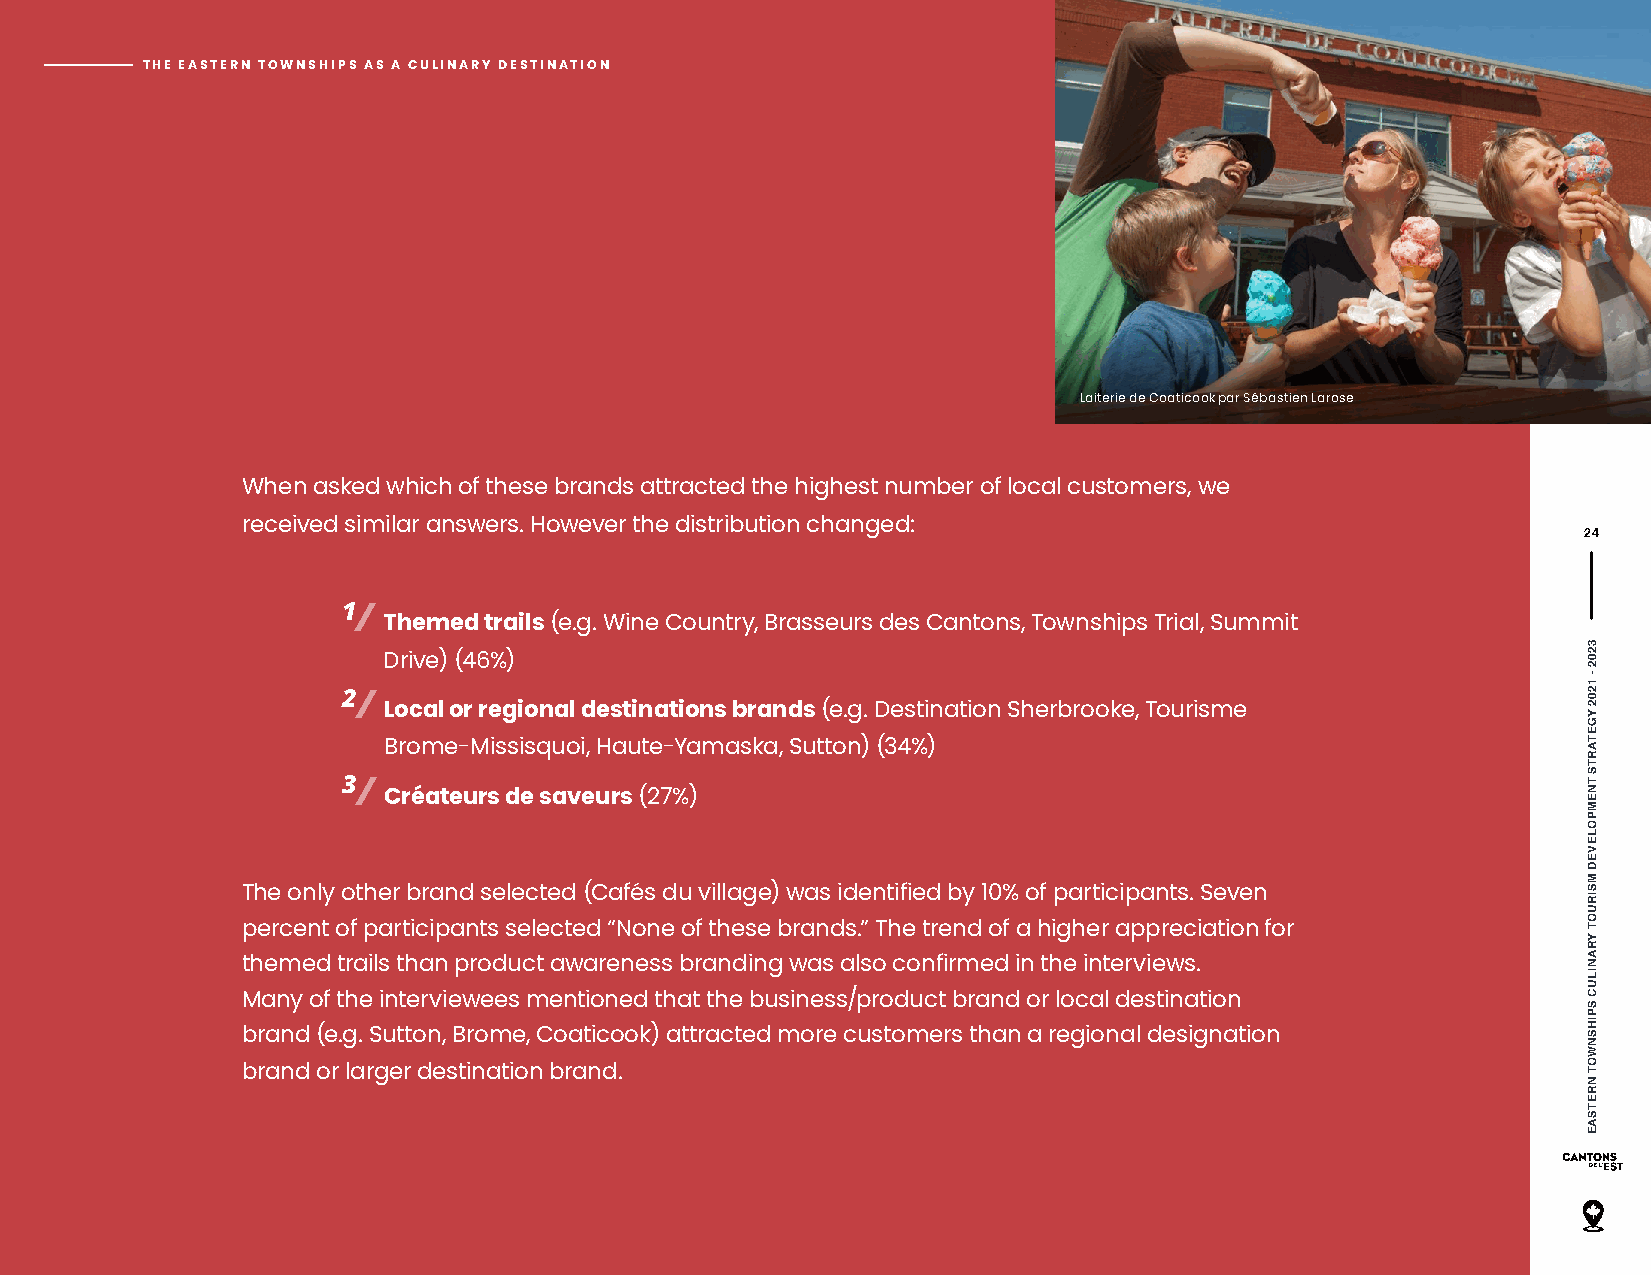
THE EASTERN TOWNSHIPS AS A CULINARY DESTINATION
 Laiterie de Coaticook par Sébastien Larose
 When asked which of these brands attracted the highest number of local customers, we
 received similar answers. However the distribution changed:
 24
 1/
 Themed trails (e.g. Wine Country, Brasseurs des Cantons, Townships Trial, Summit
 Drive) (46%)
 2/
 Local or regional destinations brands (e.g. Destination Sherbrooke, Tourisme
 Brome-Missisquoi, Haute-Yamaska, Sutton) (34%)
 3/
 Créateurs de saveurs (27%)
 The only other brand selected (Cafés du village) was identified by 10% of participants. Seven
 percent of participants selected “None of these brands.” The trend of a higher appreciation for
 themed trails than product awareness branding was also confirmed in the interviews.
 Many of the interviewees mentioned that the business/product brand or local destination
 brand (e.g. Sutton, Brome, Coaticook) attracted more customers than a regional designation
 brand or larger destination brand.
 3202
 -
 1202
 YGETARTS
 TNEMPOLEVED
 MSIRUOT
 YRANILUC
 SPIHSNWOT
 NRETSAE